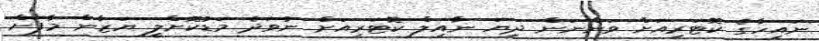
ނައިހާގެ ކޮޓަރިއަށް ވަންނަން ދިޔަ ނާއިލް ކޮޓަރިއަށް ނުވަދެ މަޑުކޮށްލީ ޔަޒާން މާފަށް